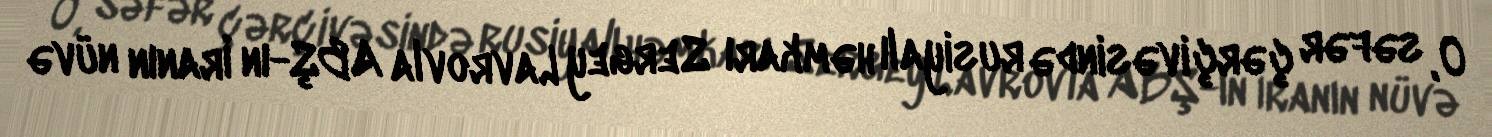
O, səfər çərçivəsində rusiyalı həmkarı Sergey Lavrovla ABŞ-ın İranın nüvə